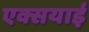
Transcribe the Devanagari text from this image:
एक्सयाई